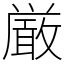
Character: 厳